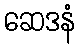
ဆေဒနံ